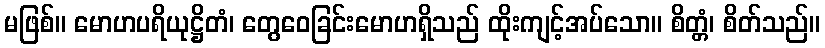
မဖြစ်။ မောဟပရိယုဋ္ဌိတံ၊ တွေဝေခြင်းမောဟရှိသည် ထိုးကျင့်အပ်သော။ စိတ္တံ၊ စိတ်သည်။